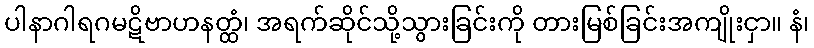
ပါနာဂါရဂမဋိဗာဟနတ္ထံ၊ အရက်ဆိုင်သို့သွားခြင်းကို တားမြစ်ခြင်းအကျိုးငှာ။ နံ၊